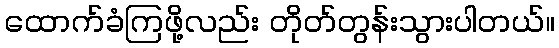
ထောက်ခံကြဖို့လည်း တိုတ်တွန်းသွားပါတယ်။